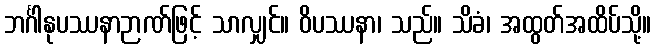
ဘင်္ဂါနုပဿနာဉာဏ်ဖြင့် သာလျှင်။ ဝိပဿနာ၊ သည်။ သိခံ၊ အထွတ်အထိပ်သို့။